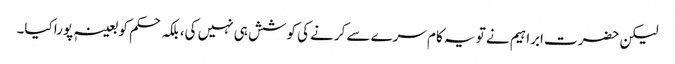
لیکن حضرت ابراہیم نے تو یہ کام سرے سے کرنے کی کوشش ہی نہیں کی، بلکہ حکم کو بعینہٖ پورا کیا۔